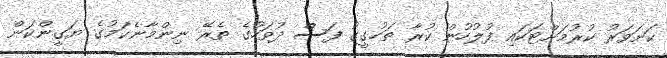
ކަށަވަރު ކުރުމަށްޓަކައި ފުލުހުން ކުރާ ތަހުގީގު ފަސް ދުވަހުގެ ތެރޭ ނިންމާނެކަމުގެ ޔަގީންކަން